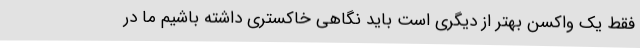
فقط یک واکسن بهتر از دیگری است باید نگاهی خاکستری داشته باشیم ما در